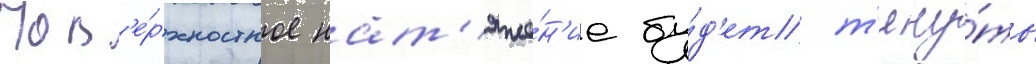
Пов'е́рхностное нат'яже́н'ие бу́д'ет т'яну́ть